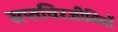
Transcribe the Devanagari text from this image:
सप्तचिरजीवियों